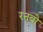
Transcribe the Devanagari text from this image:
रनबो